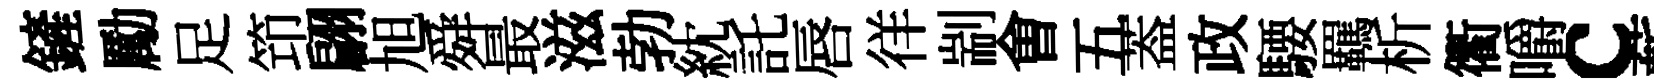
鏟勵足笻翩旭舜最滋勃紞託唇徉剬㑹五葢政騕羈析衢嚼c蔪